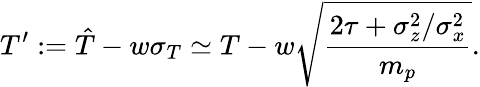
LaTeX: T^{\prime}:=\hat{T}-w\sigma_{T}\simeq T-w\sqrt{\frac{2\tau+\sigma_{z}^{2}/\sigma_{x}^{2}}{m_{p}}}.